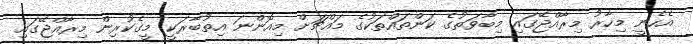
އެހެނީ މިހާރު މިރާއްޖޭގައި މިބާވަތުގެ ކަންތައްތަކުގެ މައްޗަށް މިއޮންނަ އިތުބާރަކީ މީގެކުރިން މިރާއްޖޭގައި